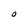
Character: O